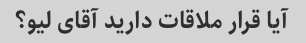
آیا قرار ملاقات دارید آقای لیو؟